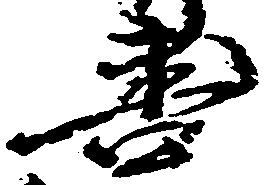
善